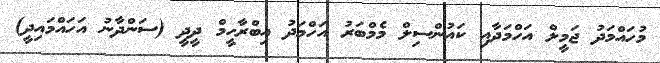
މުހައްމަދު ޖަމީލް އަހްމަދާއި ކައުންސިލް މެމްބަރު އަހްމަދު އިބްރާހީމް ދީދީ (ސަންދާނު އަހައްމައިދީ)